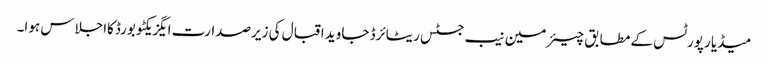
میڈیا رپورٹس کے مطابق چیئرمین نیب جسٹس ریٹائرڈ جاوید اقبال کی زیرصدارت ایگزیکٹو بورڈکااجلاس ہوا۔